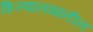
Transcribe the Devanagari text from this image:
शिल्पालयातील